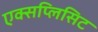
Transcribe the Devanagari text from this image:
एक्सप्लिसिट